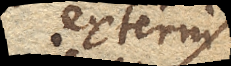
externi